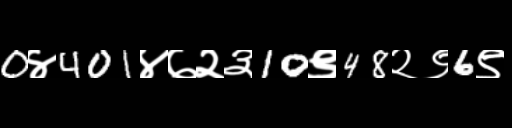
Text: 0४401४७२३10९48२९6९